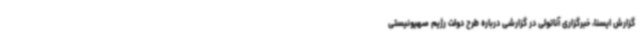
گزارش ایسنا، خبرگزاری آناتولی در گزارشی درباره طرح دولت رژیم صهیونیستی